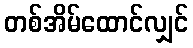
တစ်အိမ်ထောင်လျှင်